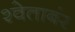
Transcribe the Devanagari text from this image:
श्वेताबंर